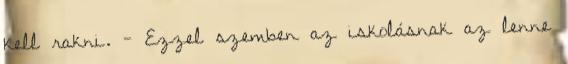
kell rakni. - Ezzel szemben az iskolásnak az lenne